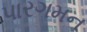
પારગમન